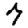
Digit: 7